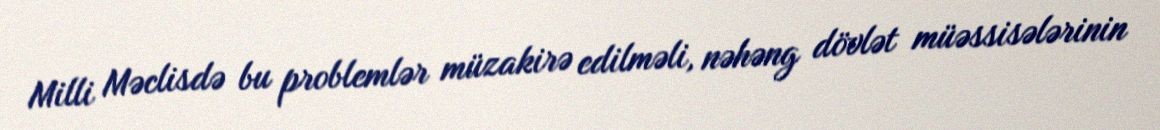
Milli Məclisdə bu problemlər müzakirə edilməli, nəhəng dövlət müəssisələrinin